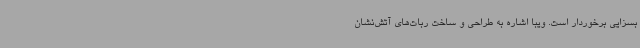
بسزایی برخوردار است. ویبا اشاره به طراحی و ساخت ربات‌های آتش‌نشان